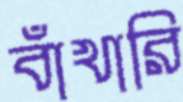
বাঁখারি